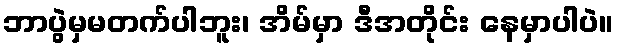
ဘာပွဲမှမတက်ပါဘူး၊ အိမ်မှာ ဒီအတိုင်း နေမှာပါပဲ။